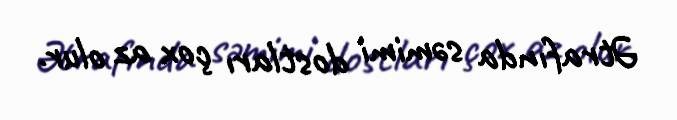
Ətrafında səmimi dostları çox az olur.